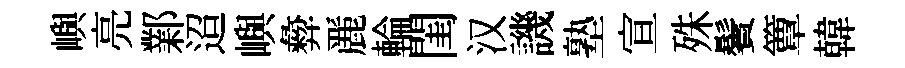
嶼亮鄴迢嶼彜䴡輪閨汉譏塾宣殊鬢簟韓